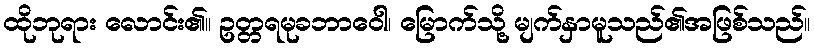
ထိုဘုရား လောင်း၏။ ဥတ္တရမုခဘာဝေါ၊ မြောက်သို့ မျက်နှာမူသည်၏အဖြစ်သည်။